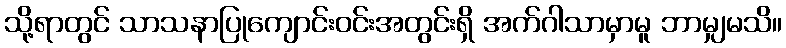
သို့ရာတွင် သာသနာပြုကျောင်းဝင်းအတွင်းရှိ အက်ဂါသာမှာမူ ဘာမျှမသိ။